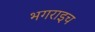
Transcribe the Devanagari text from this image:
भगराइच